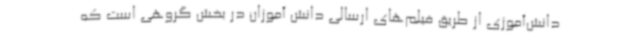
دانش‌آموزی از طریق فیلم‌های ارسالی دانش آموزان در بخش گروهی است که